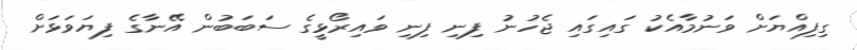
ގިފިއްޔަށް ވަނުމާއެކު ގައިގައި ޖެހުނު ފިނި ފިނި ވައިރޯޅީގެ ސަބަބުން އޭނާގެ ފިޔަވަޅަށް